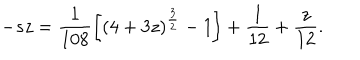
- s z = \frac { 1 } { 1 0 8 } \biggl [ ( 4 + 3 z ) ^ { \frac { 3 } { 2 } } - 1 \biggr ] + \frac { 1 } { 1 2 } + \frac { z } { 1 2 } .